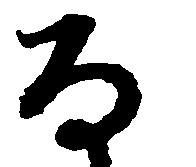
な